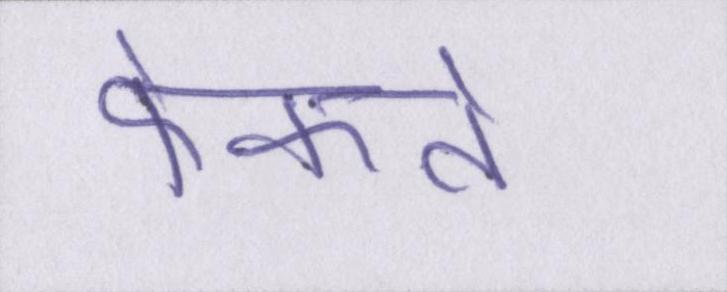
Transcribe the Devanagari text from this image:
फेंकते